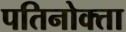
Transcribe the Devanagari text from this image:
पतिनोक्ता